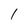
Character: l